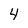
Character: 4